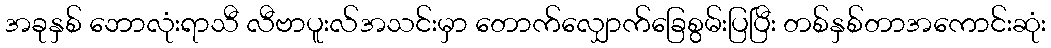
အခုနှစ် ဘောလုံးရာသီ လီဗာပူးလ်အသင်းမှာ တောက်လျှောက်ခြေစွမ်းပြပြီး တစ်နှစ်တာအကောင်းဆုံး